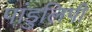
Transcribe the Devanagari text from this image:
पांडुलिपी